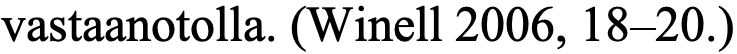
vastaanotolla. (Winell 2006, 18–20.)